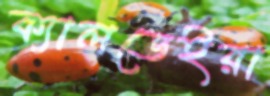
ক্যালডেইরা